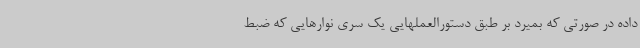
داده در صورتی که بمیرد بر طبق دستورالعملهایی یک سری نوارهایی که ضبط